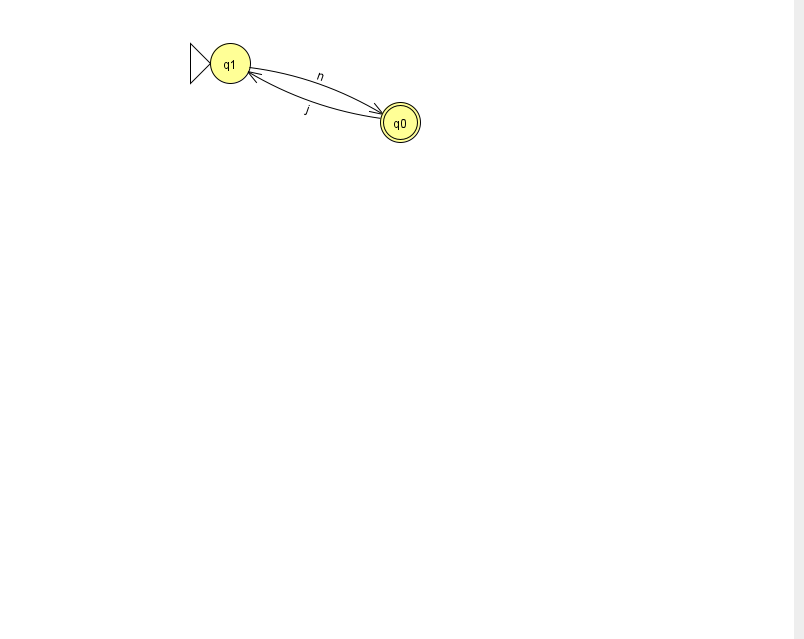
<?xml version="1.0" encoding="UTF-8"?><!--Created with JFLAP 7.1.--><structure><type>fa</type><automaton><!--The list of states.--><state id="0" name="q0"><x>400.0</x><y>109.0</y><final/></state><state id="1" name="q1"><x>230.0</x><y>50.0</y><initial/></state><!--The list of transitions.--><transition><from>0</from><to>1</to><read>j</read></transition><transition><from>1</from><to>0</to><read>n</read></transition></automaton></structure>